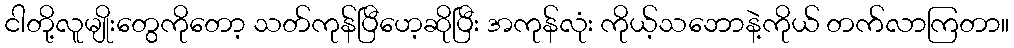
ငါတို့လူမျိုးတွေကိုတော့ သတ်ကုန်ပြီဟေ့ဆိုပြီး အကုန်လုံး ကိုယ့်သဘောနဲ့ကိုယ် တက်လာကြတာ။